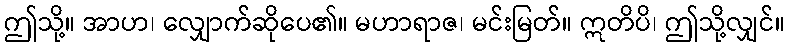
ဤသို့။ အာဟ၊ လျှောက်ဆိုပေ၏။ မဟာရာဇ၊ မင်းမြတ်။ ဣတိပိ၊ ဤသို့လျှင်။